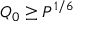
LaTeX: Q _ { 0 } \geq P ^ { 1 / 6 }